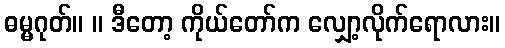
ဓမ္မဂုတ်။ ။ ဒီတော့ ကိုယ်တော်က လျှော့လိုက်ရောလား။